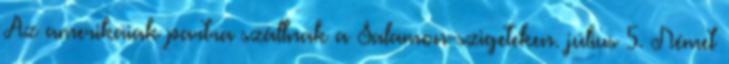
Az amerikaiak partra szállnak a Salamon-szigeteken. július 5. Német